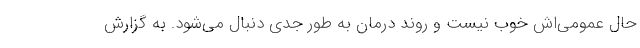
حال عمومی‌اش خوب نیست و روند درمان به طور جدّی دنبال می‌شود. به گزارش